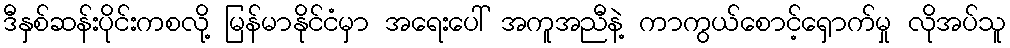
ဒီနှစ်ဆန်းပိုင်းကစလို့ မြန်မာနိုင်ငံမှာ အရေးပေါ် အကူအညီနဲ့ ကာကွယ်စောင့်ရှောက်မှု လိုအပ်သူ